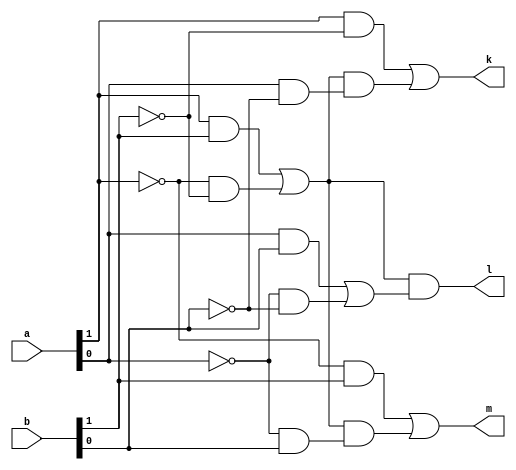
module two_bc(input [1:0]a,
    input [1:0] b,
    output k,
    output l,
    output m);

    assign l = (a[1]&b[1] | ~a[1]&~b[1])&(a[0]&b[0] | ~a[0]&~b[0]);
    assign k = a[1]&~b[1] | (a[1]&b[1] | ~a[1]&~b[1])&(a[0]&~b[0]);
    assign m = ~a[1]&b[1] | (a[1]&b[1] | ~a[1]&~b[1])&(~a[0]&b[0]);

endmodule


module four_bc(input [3:0]a,
    input [3:0] b,
    output k,
    output l,
    output m);

    wire l1,l2,k1,k2,m1,m2;
    two_bc c1(a[1:0], b[1:0], k1,l1,m1);
    two_bc c2(a[3:2], b[3:2], k2,l2,m2);

    assign l = l1&l2;
    assign k = k2 | l2&k1;
    assign m = m2 | l2&m1;

endmodule